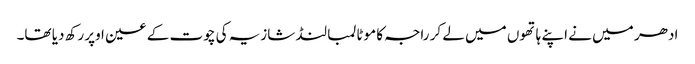
ادھر میں نے اپنے ہاتھوں میں لے کر راجہ کا موٹا لمبا لنڈ شازیہ کی چوت کے عین اوپر رکھ دیا تھا۔